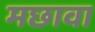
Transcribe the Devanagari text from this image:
मछावा